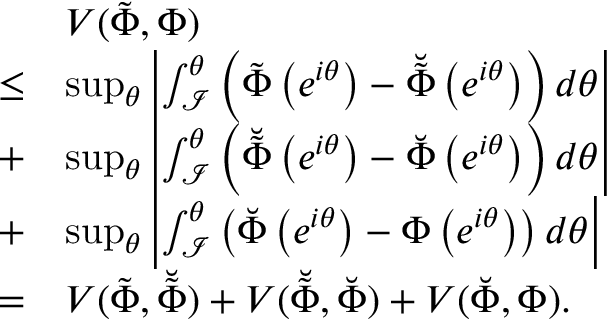
\begin{array} { r l } & { V ( \tilde { \Phi } , \Phi ) } \\ { \leq } & { \operatorname* { s u p } _ { \theta } \left| \int _ { \mathcal { I } } ^ { \theta } \left( \tilde { \Phi } \left( e ^ { i \theta } \right) - \breve { \tilde { \Phi } } \left( e ^ { i \theta } \right) \right) d \theta \right| } \\ { + } & { \operatorname* { s u p } _ { \theta } \left| \int _ { \mathcal { I } } ^ { \theta } \left( \breve { \tilde { \Phi } } \left( e ^ { i \theta } \right) - \breve { \Phi } \left( e ^ { i \theta } \right) \right) d \theta \right| } \\ { + } & { \operatorname* { s u p } _ { \theta } \left| \int _ { \mathcal { I } } ^ { \theta } \left( \breve { \Phi } \left( e ^ { i \theta } \right) - \Phi \left( e ^ { i \theta } \right) \right) d \theta \right| } \\ { = } & { V ( \tilde { \Phi } , \breve { \tilde { \Phi } } ) + V ( \breve { \tilde { \Phi } } , \breve { \Phi } ) + V ( \breve { \Phi } , \Phi ) . } \end{array}